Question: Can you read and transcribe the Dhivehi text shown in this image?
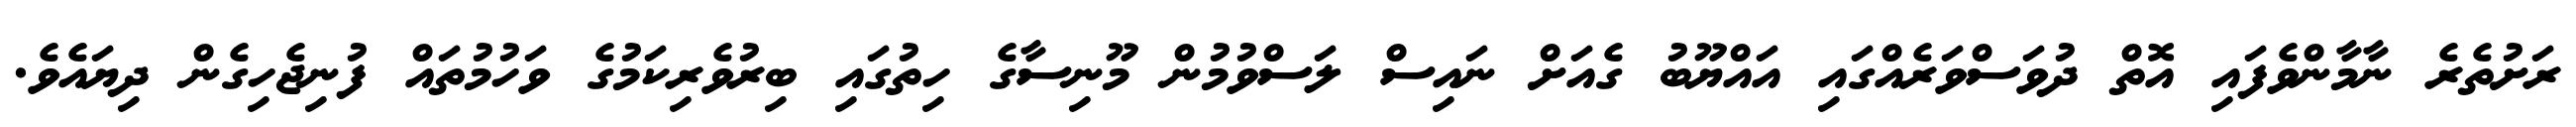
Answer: ރަށުތެރެ ނާމާންވެފައި އޮތް ދުވަސްވަރެއްގައި އައްޔޫބު ގެއަށް ނައިސް ލަސްވުމުން މޫނިސާގެ ހިތުގައި ބިރުވެރިކަމުގެ ވަހުމުތައް ފުނިޖެހިގެން ދިޔައެވެ.